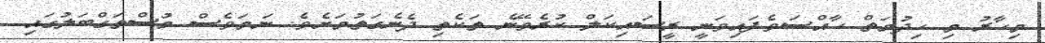
މިހާރު މި ހިދުމަތް ހާއްސަވެފައިވަނީ ރީސައިކަލް ކުރެވޭނެ ތަކެތި ދެނެގަތުމަށެވެ. ނަމަވެސް މުސްތަގްބަލުގައި